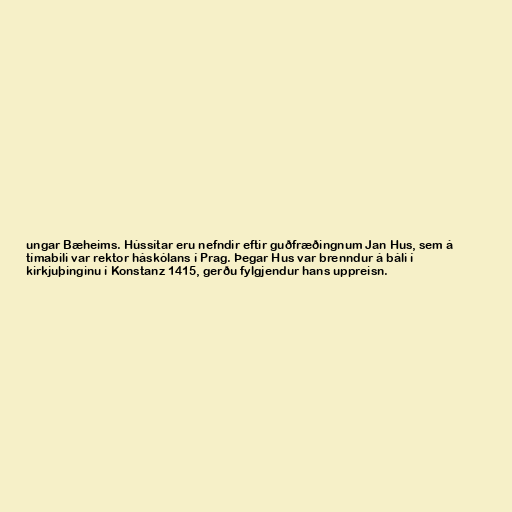
ungar Bæheims. Hússítar eru nefndir eftir guðfræðingnum Jan Hus, sem á
tímabili var rektor háskólans í Prag. Þegar Hus var brenndur á báli í
kirkjuþinginu í Konstanz 1415, gerðu fylgjendur hans uppreisn.